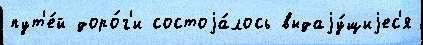
пут'е́й доро́г'и состоjа́лось выдаjу́щиjес'я